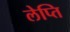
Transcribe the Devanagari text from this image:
लेप्ति